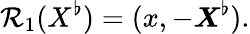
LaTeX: \mathcal{R}_{1}(X^{\flat})=(x,-\boldsymbol{X}^{\flat}).